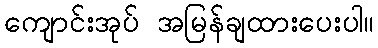
ကျောင်းအုပ် အမြန်ချထားပေးပါ။